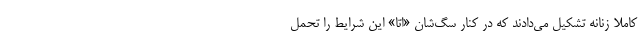
کاملا زنانه تشکیل می‌دادند که در کنار سگ‌شان «اتا» این شرایط را تحمل